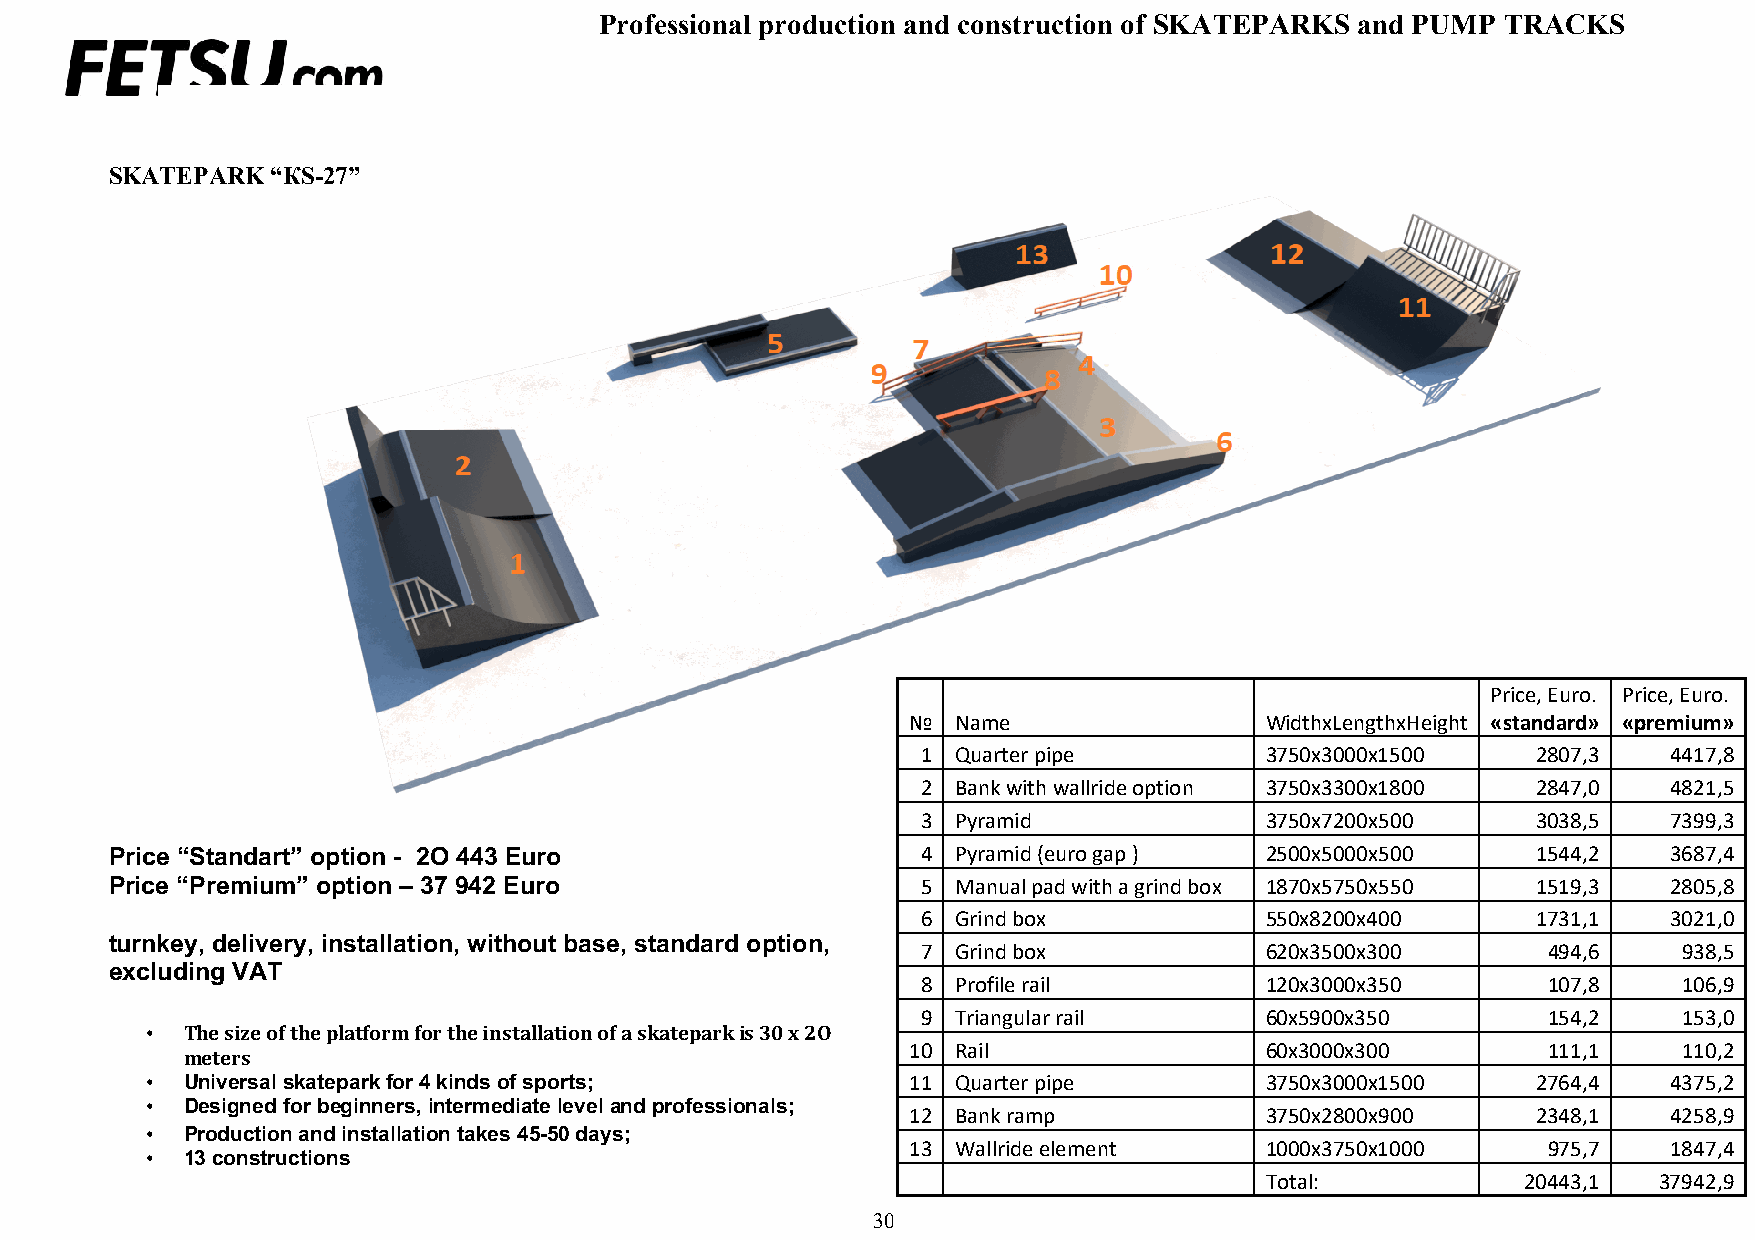
Professional production and construction of SKATEPARKS and PUMP TRACKS
 Catalogue of products 2021
 SKATEPARK  “КS-27”
 Price, Euro. Price, Euro.
 №  Name                 WidthxLengthxHeight «standard» «premium»
 1 Quarter pipe         3750х3000х1500    2807,3   4417,8
 2 Bank with wallride option 3750х3300х1800 2847,0 4821,5
 3 Pyramid              3750х7200х500     3038,5   7399,3
 Price “Standart” option - 2O 443 Euro                 4 Pyramid (euro gap )  2500х5000х500     1544,2   3687,4
 Price “Premium” option – 37 942 Euro                  5 Manual pad with a grind box 1870х5750х550 1519,3 2805,8
 6 Grind box            550х8200х400      1731,1   3021,0
 turnkey, delivery, installation, without base, standard option,
 7 Grind box            620х3500х300      494,6    938,5
 excluding VAT
 8 Profile rail         120х3000х350      107,8    106,9
 9 Triangular rail      60х5900х350       154,2    153,0
 • The size of the platform for the installation of a skatepark is 30 x 2O
 meters
 10 Rail                 60х3000х300       111,1    110,2
 • Universal skatepark for 4 kinds of sports;      11 Quarter pipe         3750х3000х1500    2764,4   4375,2
 • Designed for beginners, intermediate level and professionals;
 12 Bank ramp            3750х2800х900     2348,1   4258,9
 • Production and installation takes 45-50 days;
 • 13 constructions
 13 Wallride element     1000х3750х1000    975,7    1847,4
 Total:           20443,1  37942,9
 30